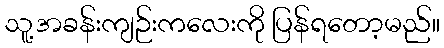
သူ့အခန်းကျဉ်းကလေးကို ပြန်ရတော့မည်။